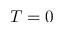
T = 0